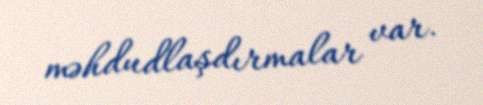
məhdudlaşdırmalar var.